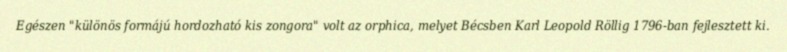
Egészen "különös formájú hordozható kis zongora" volt az orphica, melyet Bécsben Karl Leopold Röllig 1796-ban fejlesztett ki.